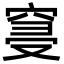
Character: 𮄀